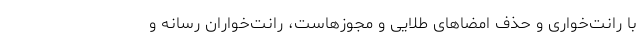
با رانت‌خواری و حذف امضاهای طلایی و مجوزهاست، رانت‌خواران رسانه و